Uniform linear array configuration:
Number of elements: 48
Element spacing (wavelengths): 0.5
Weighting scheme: hann
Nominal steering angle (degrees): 0
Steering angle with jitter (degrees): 0.2732
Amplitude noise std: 0.05
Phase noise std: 0.05

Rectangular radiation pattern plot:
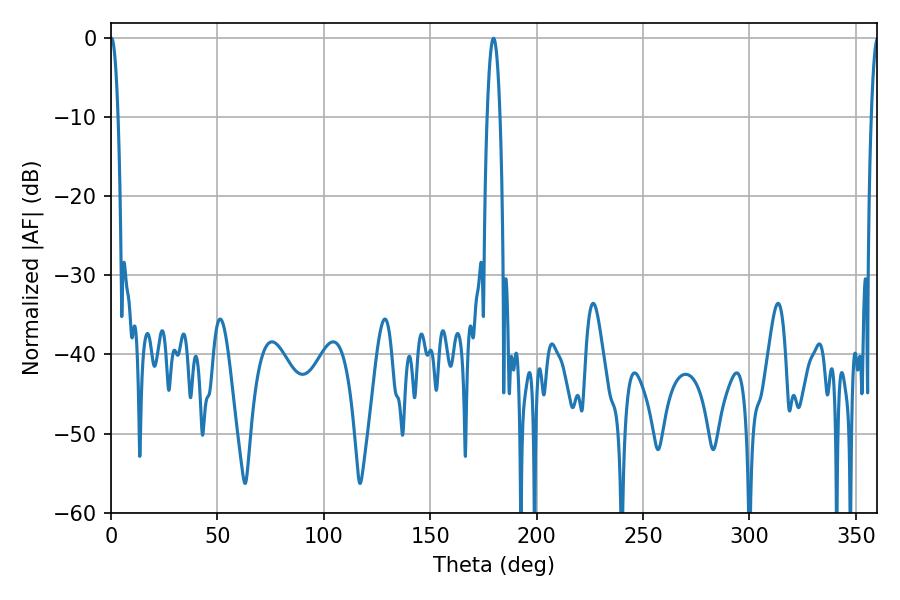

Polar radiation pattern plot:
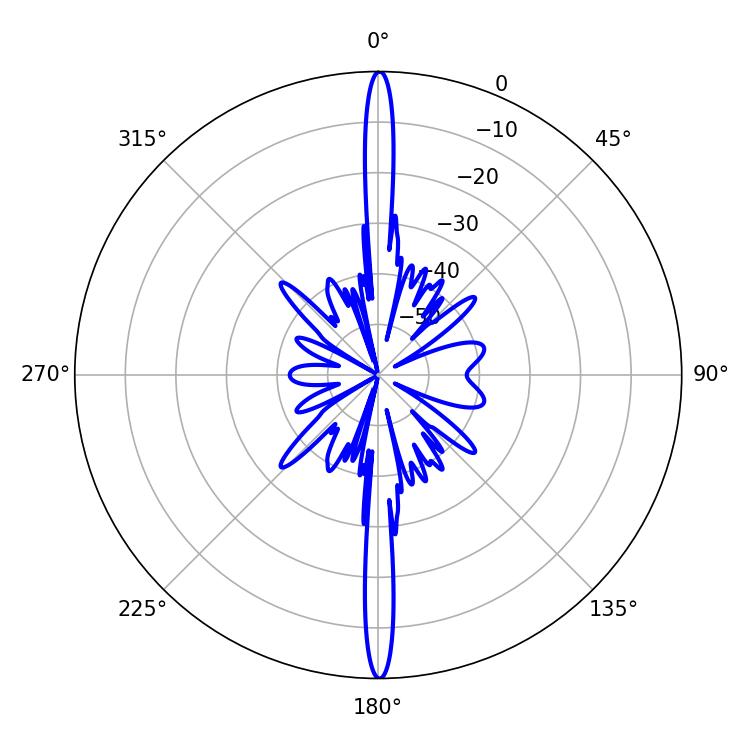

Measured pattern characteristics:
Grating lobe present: FALSE
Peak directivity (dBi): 35.046
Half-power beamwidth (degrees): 1.98
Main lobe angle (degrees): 0.18